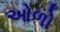
ઓળો